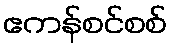
ဧကန်စင်စစ်